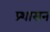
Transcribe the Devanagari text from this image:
प्र्शासन